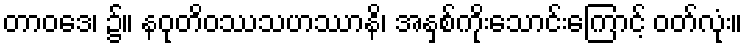
တာဝဒေ၊ ၌။ နဝုတိဝဿသဟဿာနိ၊ အနှစ်ကိုးသောင်းကြောင့် ဝတ်လုံး။